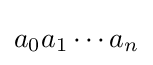
a_{0}a_{1}\cdots a_{n}